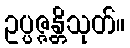
ဥပ္ပဇ္ဇန္တိသုတ်။